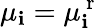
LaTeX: \mu_{\mathbf{i}}=\mu_{\mathbf{i}}^{\mathrm{{~r~}}}